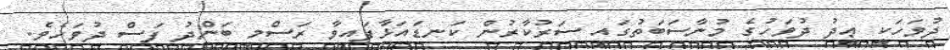
ދުވަހަކީ ޢީދު ދުވަހުގެ މުނާސަބަތުގައި ސަރުކާރުން ކަނޑައަޅާފައިވާ ރަސްމީ ބަންދު ފަސް ދުވަހެވެ.